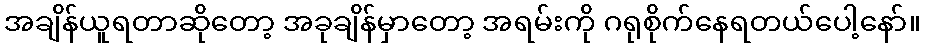
အချိန်ယူရတာဆိုတော့ အခုချိန်မှာတော့ အရမ်းကို ဂရုစိုက်နေရတယ်ပေါ့နော်။